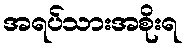
အရပ်သားအစိုးရ